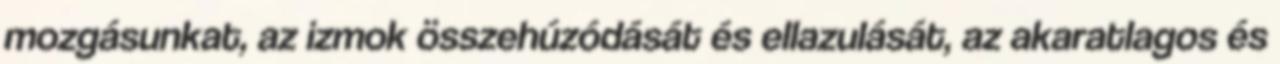
mozgásunkat, az izmok összehúzódását és ellazulását, az akaratlagos és